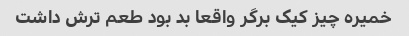
خمیره چیز کیک برگر واقعا بد بود طعم ترش داشت